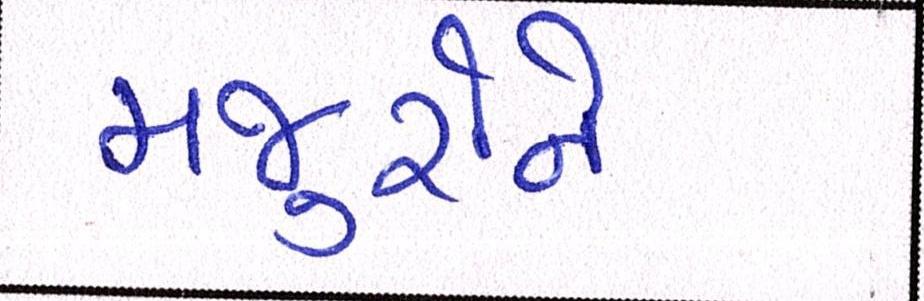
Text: મજુરોને